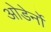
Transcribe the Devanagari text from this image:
ओडेर्नो